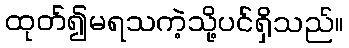
ထုတ်၍မရသကဲ့သို့ပင်ရှိသည်။